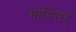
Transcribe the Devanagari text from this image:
भोडिसर्